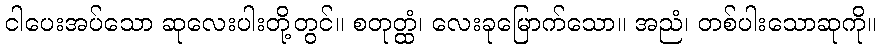
ငါပေးအပ်သော ဆုလေးပါးတို့တွင်။ စတုတ္ထံ၊ လေးခုမြောက်သော။ အညံ၊ တစ်ပါးသောဆုကို။